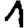
Digit: 1